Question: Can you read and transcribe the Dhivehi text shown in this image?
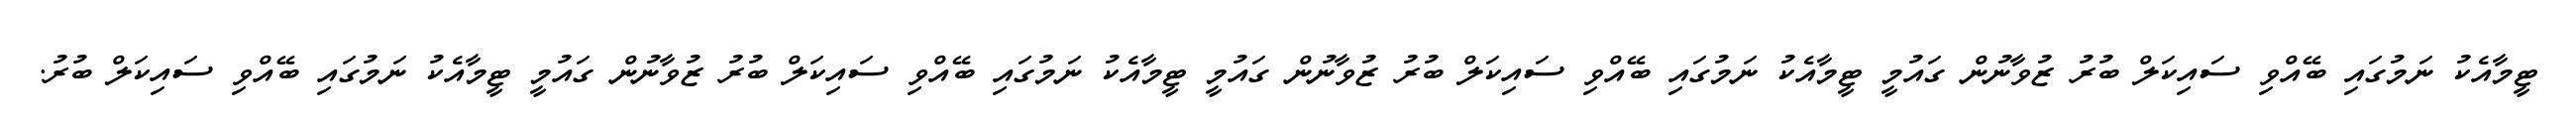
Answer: ޓީމާއެކު ނަމުގައި ބޭއްވި ސައިކަލް ބުރު ޒުވާނުން ގައުމީ ޓީމާއެކު ނަމުގައި ބޭއްވި ސައިކަލް ބުރު ޒުވާނުން ގައުމީ ޓީމާއެކު ނަމުގައި ބޭއްވި ސައިކަލް ބުރު ޒުވާނުން ގައުމީ ޓީމާއެކު ނަމުގައި ބޭއްވި ސައިކަލް ބުރު.